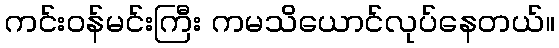
ကင်းဝန်မင်းကြီး ကမသိယောင်လုပ်နေတယ်။